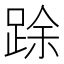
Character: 䟻